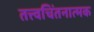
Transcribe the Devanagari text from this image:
तत्त्वचिंतनात्मक